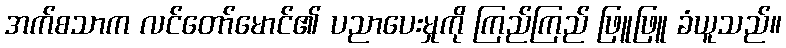
အက်စသာက လင်တော်မောင်၏ ပညာပေးမှုကို ကြည်ကြည် ဖြူဖြူ ခံယူသည်။